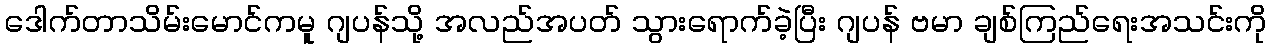
ဒေါက်တာသိမ်းမောင်ကမူ ဂျပန်သို့ အလည်အပတ် သွားရောက်ခဲ့ပြီး ဂျပန် ဗမာ ချစ်ကြည်ရေးအသင်းကို